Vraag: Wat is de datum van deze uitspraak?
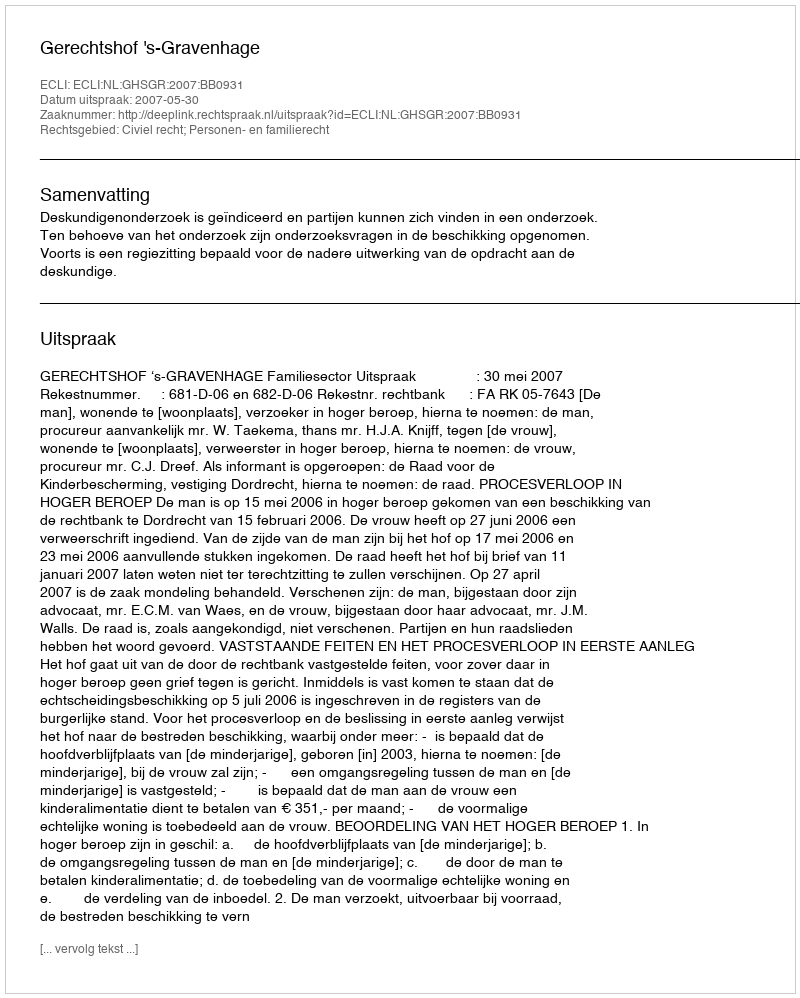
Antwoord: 2007-05-30